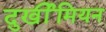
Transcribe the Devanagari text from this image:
दुर्खीमियन